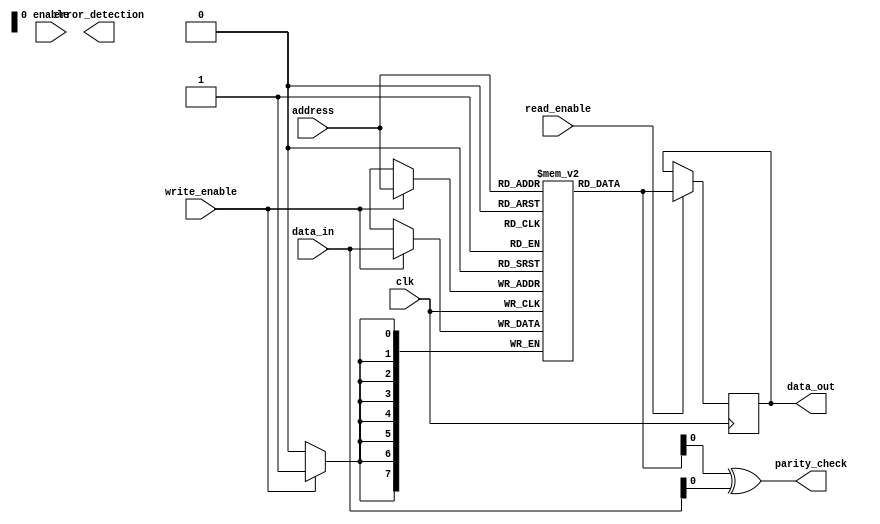
module DDR_SDRAM (
    input wire clk,
    input wire enable,
    input wire [7:0] data_in,
    output reg [7:0] data_out,
    input wire [7:0] address,
    input wire write_enable,
    input wire read_enable,
    output wire [7:0] error_detection,
    output wire parity_check
);

// Define memory block components
reg [7:0] storage_element [0:255];
reg [7:0] input_buffer;
reg [7:0] output_buffer;

// Define address decoders
reg [7:0] selected_address;

// Define input/output buffers
always @(posedge clk) begin
    if (write_enable)
        storage_element[address] <= data_in;
    
    if (read_enable)
        data_out <= storage_element[address];
        
    input_buffer <= data_in;
    output_buffer <= storage_element[address];
end

// Define timing circuits

// Define error correction features
// Parity checking
always @* begin
    parity_check = storage_element[address] ^ data_in;
end

// Error detection/correction algorithms

endmodule